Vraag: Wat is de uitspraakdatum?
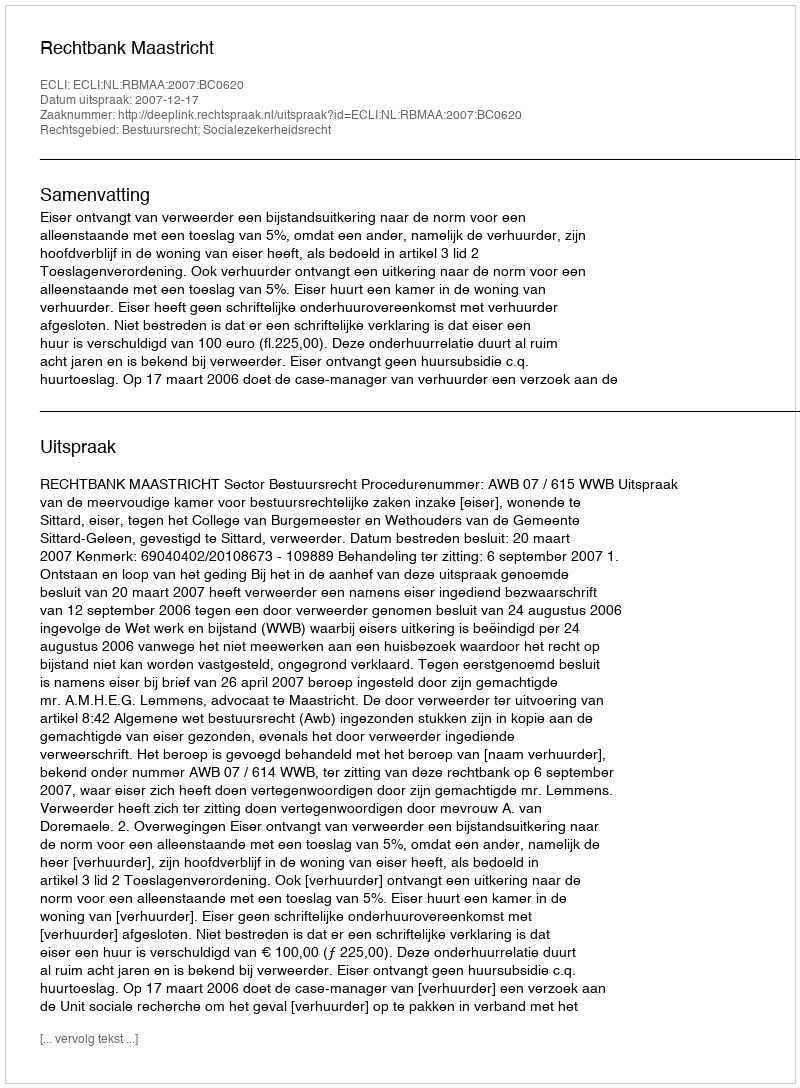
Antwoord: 2007-12-17